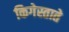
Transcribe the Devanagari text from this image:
किगेस्ताते